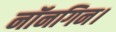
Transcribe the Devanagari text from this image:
नॉनगिन।